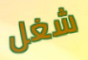
شغل